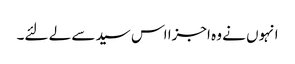
انہوں نے وہ اجزا اس سید سے لے لئے۔